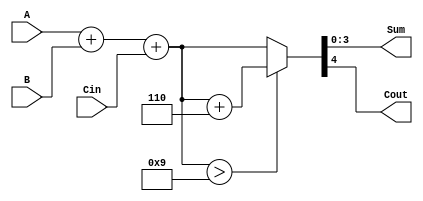
module bcd_asynchronous_adder (
    input  [3:0] A,      // First BCD digit
    input  [3:0] B,      // Second BCD digit
    input        Cin,     // Carry input
    output [3:0] Sum,     // Resulting BCD digit
    output       Cout     // Carry output
);

// Intermediate signals
wire [4:0] binary_sum;    // 5-bit to accommodate carry
wire correction_needed;     // Signal to determine if correction is needed
wire [4:0] corrected_sum;  // Corrected sum after adding 6 if needed

// Step 1: Perform binary addition
assign binary_sum = A + B + Cin;

// Step 2: Determine if correction is needed (if sum > 9)
assign correction_needed = binary_sum > 5'b01001; // 9 in binary

// Step 3: Correct the sum if needed
assign corrected_sum = correction_needed ? (binary_sum + 5'b00110) : binary_sum; // Add 6 (0110)

// Step 4: Assign outputs
assign Sum = corrected_sum[3:0]; // Take the lower 4 bits as the BCD sum
assign Cout = corrected_sum[4];   // The 5th bit indicates carry out

endmodule